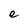
Character: e